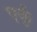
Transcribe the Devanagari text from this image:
एर्कु